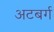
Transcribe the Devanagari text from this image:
अटबर्ग